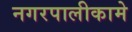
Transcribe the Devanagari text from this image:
नगरपालीकामे